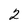
Character: 2